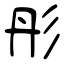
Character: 彤